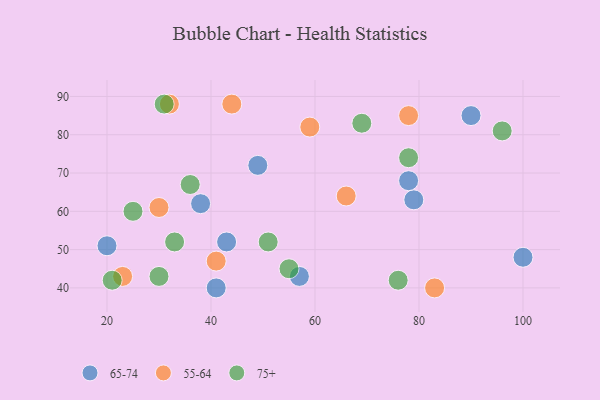
{"axis": {"x": "GDP", "y": "Life Expectancy"}, "legend": ["55-64", "65-74", "75+"], "data": [{"x": "41", "y": 40, "type": "65-74"}, {"x": "100", "y": 48, "type": "65-74"}, {"x": "49", "y": 72, "type": "65-74"}, {"x": "79", "y": 63, "type": "65-74"}, {"x": "90", "y": 85, "type": "65-74"}, {"x": "43", "y": 52, "type": "65-74"}, {"x": "57", "y": 43, "type": "65-74"}, {"x": "20", "y": 51, "type": "65-74"}, {"x": "38", "y": 62, "type": "65-74"}, {"x": "78", "y": 68, "type": "65-74"}, {"x": "78", "y": 85, "type": "55-64"}, {"x": "83", "y": 40, "type": "55-64"}, {"x": "30", "y": 61, "type": "55-64"}, {"x": "32", "y": 88, "type": "55-64"}, {"x": "41", "y": 47, "type": "55-64"}, {"x": "23", "y": 43, "type": "55-64"}, {"x": "59", "y": 82, "type": "55-64"}, {"x": "44", "y": 88, "type": "55-64"}, {"x": "66", "y": 64, "type": "55-64"}, {"x": "33", "y": 52, "type": "75+"}, {"x": "21", "y": 42, "type": "75+"}, {"x": "55", "y": 45, "type": "75+"}, {"x": "78", "y": 74, "type": "75+"}, {"x": "31", "y": 88, "type": "75+"}, {"x": "96", "y": 81, "type": "75+"}, {"x": "36", "y": 67, "type": "75+"}, {"x": "69", "y": 83, "type": "75+"}, {"x": "76", "y": 42, "type": "75+"}, {"x": "25", "y": 60, "type": "75+"}, {"x": "30", "y": 43, "type": "75+"}, {"x": "51", "y": 52, "type": "75+"}]}